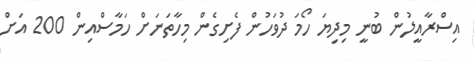
އިސްރާއީލުން ބުނީ މިދިޔަ ހޯމަ ދުވަހުން ފެށިގެން މިހާތަނަށް ހަމާސްއިން 200 އަށް